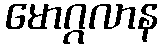
မောဂ္ဂလာန